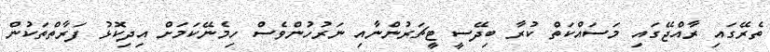
ތެރޭގައި ރާއްޖޭގައި މަސައްކަތް ކުރާ ބިދޭސީ ޓީޗަރުންނާއި ނަރުހުންވެސް ހިމެނޭކަމަށް އިދިކޮޅު ފަރާތްތަކުން